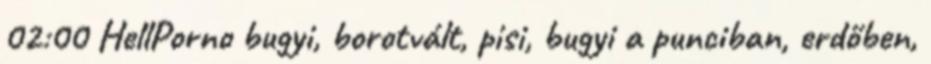
02:00 HellPorno bugyi, borotvált, pisi, bugyi a punciban, erdőben,